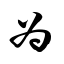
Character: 为